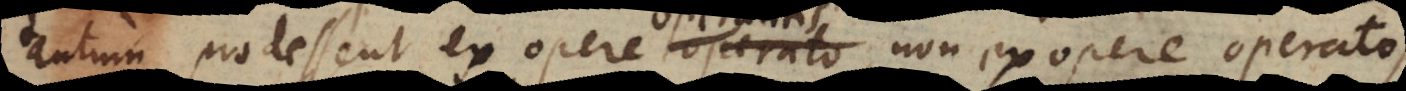
tantum prodessent ex opere operato, non ex opere opera